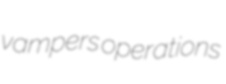
vampers operations